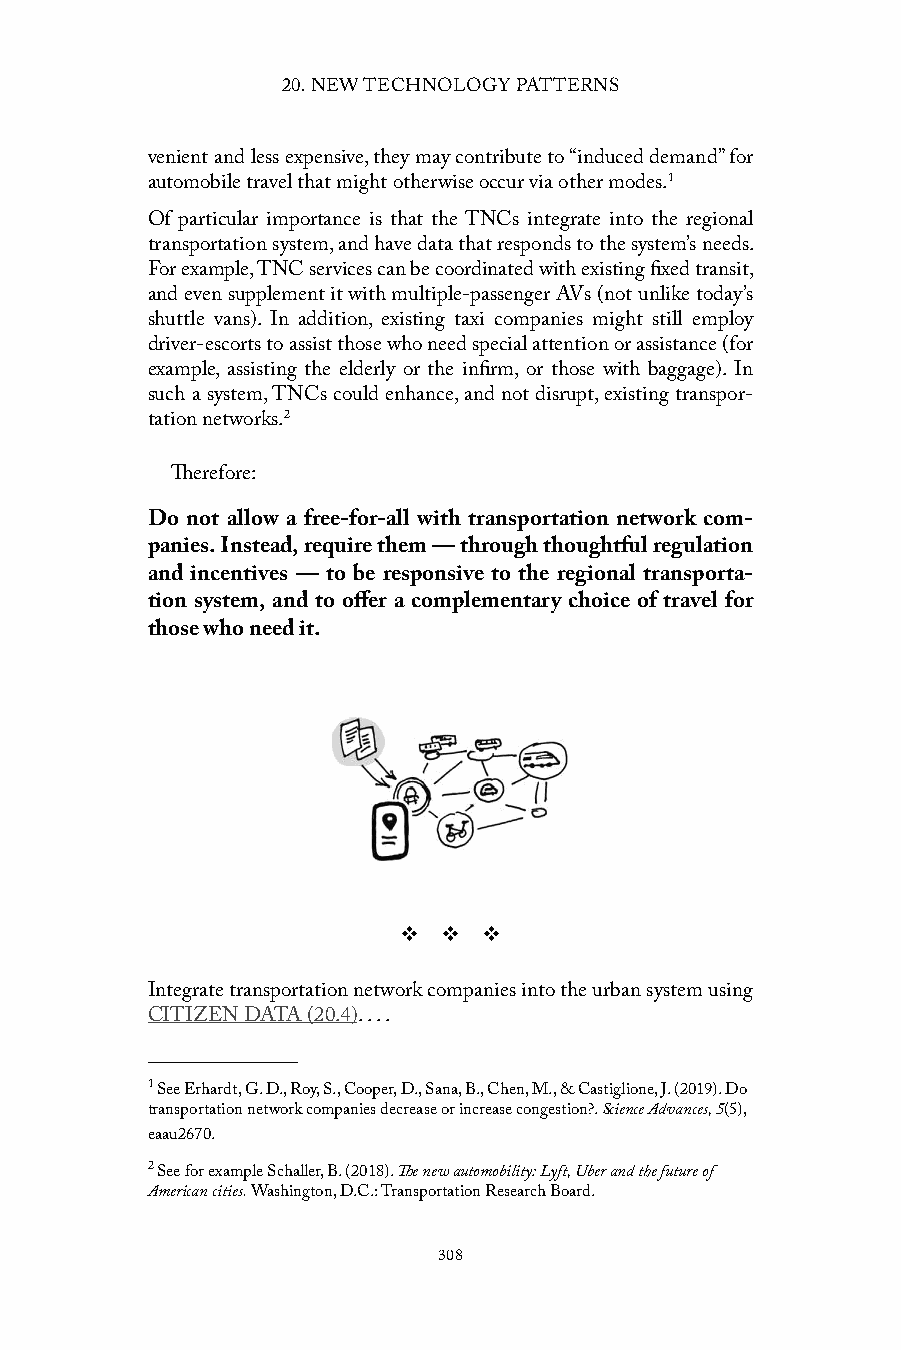
20. NEW TECHNOLOGY PATTERNS
 venient and less expensive, they may contribute to “induced demand” for
 automobile travel that might otherwise occur via other modes.1
 Of particular importance is that the TNCs integrate into the regional
 transportation system, and have data that responds to the system’s needs.
 For example, TNC services can be coordinated with existing fixed transit,
 and even supplement it with multiple-passenger AVs (not unlike today’s
 shuttle vans). In addition, existing taxi companies might still employ
 driver-escorts to assist those who need special attention or assistance (for
 example, assisting the elderly or the infirm, or those with baggage). In
 such a system, TNCs could enhance, and not disrupt, existing transpor-
 tation networks.2
 Therefore:
 Do not allow a free-for-all with transportation network com-
 panies. Instead, require them — through thoughtful regulation
 and incentives — to be responsive to the regional transporta-
 tion system, and to offer a complementary choice of travel for
 those who need it.
 v  v  v
 Integrate transportation network companies into the urban system using
 CITIZEN DATA (20.4). . . .
 1 See Erhardt, G. D., Roy, S., Cooper, D., Sana, B., Chen, M., & Castiglione, J. (2019). Do
 transportation network companies decrease or increase congestion?. Science Advances, 5(5),
 eaau2670.
 2 See for example Schaller, B. (2018). The new automobility: Lyft, Uber and the future of
 American cities. Washington, D.C.: Transportation Research Board.
 308